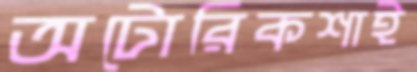
অটোরিকশাই